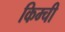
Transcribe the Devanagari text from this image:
किम्ची